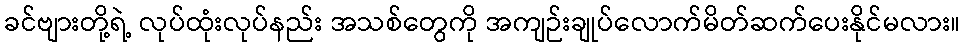
ခင်ဗျားတို့ရဲ့ လုပ်ထုံးလုပ်နည်း အသစ်တွေကို အကျဉ်းချုပ်လောက်မိတ်ဆက်ပေးနိုင်မလား။